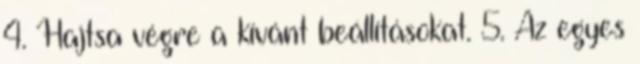
4. Hajtsa végre a kívánt beállításokat. 5. Az egyes